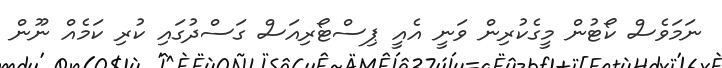
ނަމަވެސް ކޯޓުން މީގެކުރިން ވަނީ އެއީ ޕިސްޓޯރިއަސް ގަސްދުގައި ކުރި ކަމެއް ނޫން